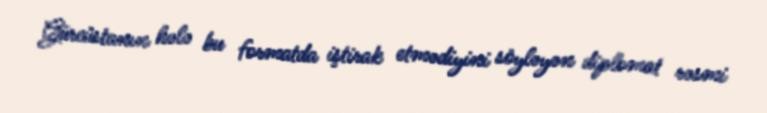
Gürcüstanın hələ bu formatda iştirak etmədiyini söyləyən diplomat rəsmi